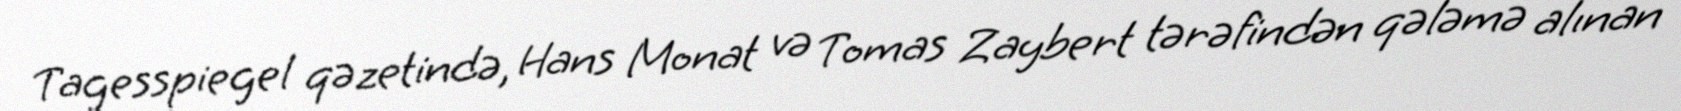
Tagesspiegel qəzetində, Hans Monat və Tomas Zaybert tərəfindən qələmə alınan